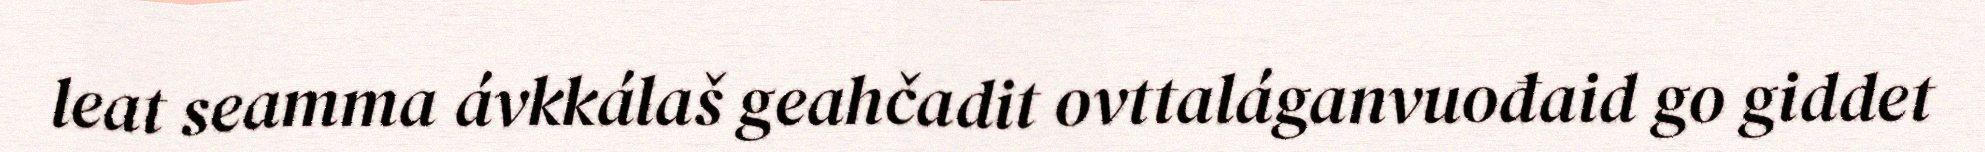
leat seamma ávkkálaš geahčadit ovttaláganvuođaid go giddet